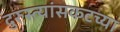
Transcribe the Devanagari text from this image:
दुरुस्त्यांसकटच्या